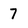
Character: 7